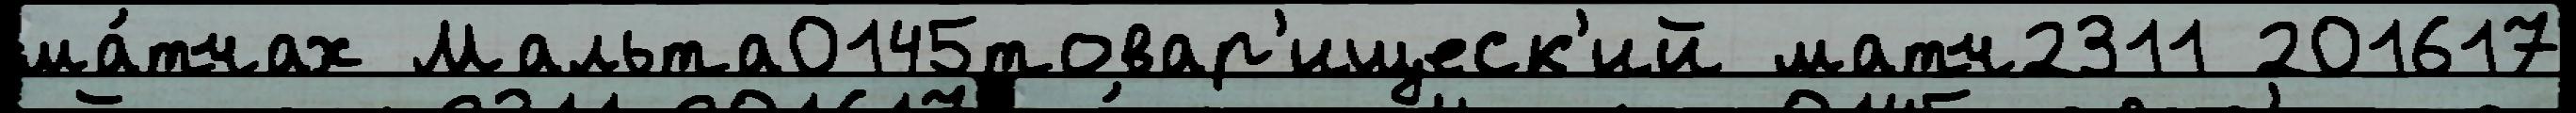
ма́тчах Мальта0145товар'ищеск'ий матч2311 201617